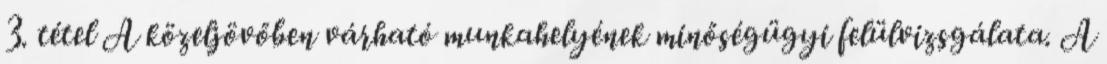
3. tétel A közeljövőben várható munkahelyének minőségügyi felülvizsgálata. A